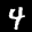
Label: 4